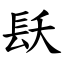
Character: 镺